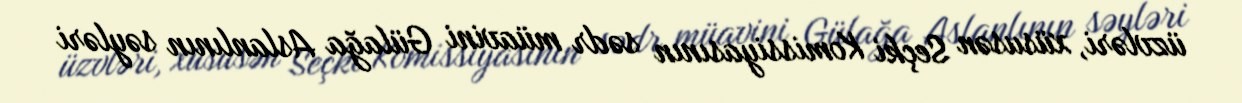
üzvləri, xüsusən Seçki Komissiyasının sədr müavini Gülağa Aslanlının səyləri